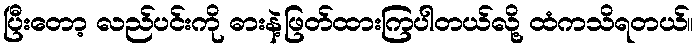
ပြီးတော့ လည်ပင်းကို ဓားနဲ့ဖြတ်ထားကြပါတယ်လို့ ထံကသိရတယ်။